Rapla_vallavalitsus, lk 33
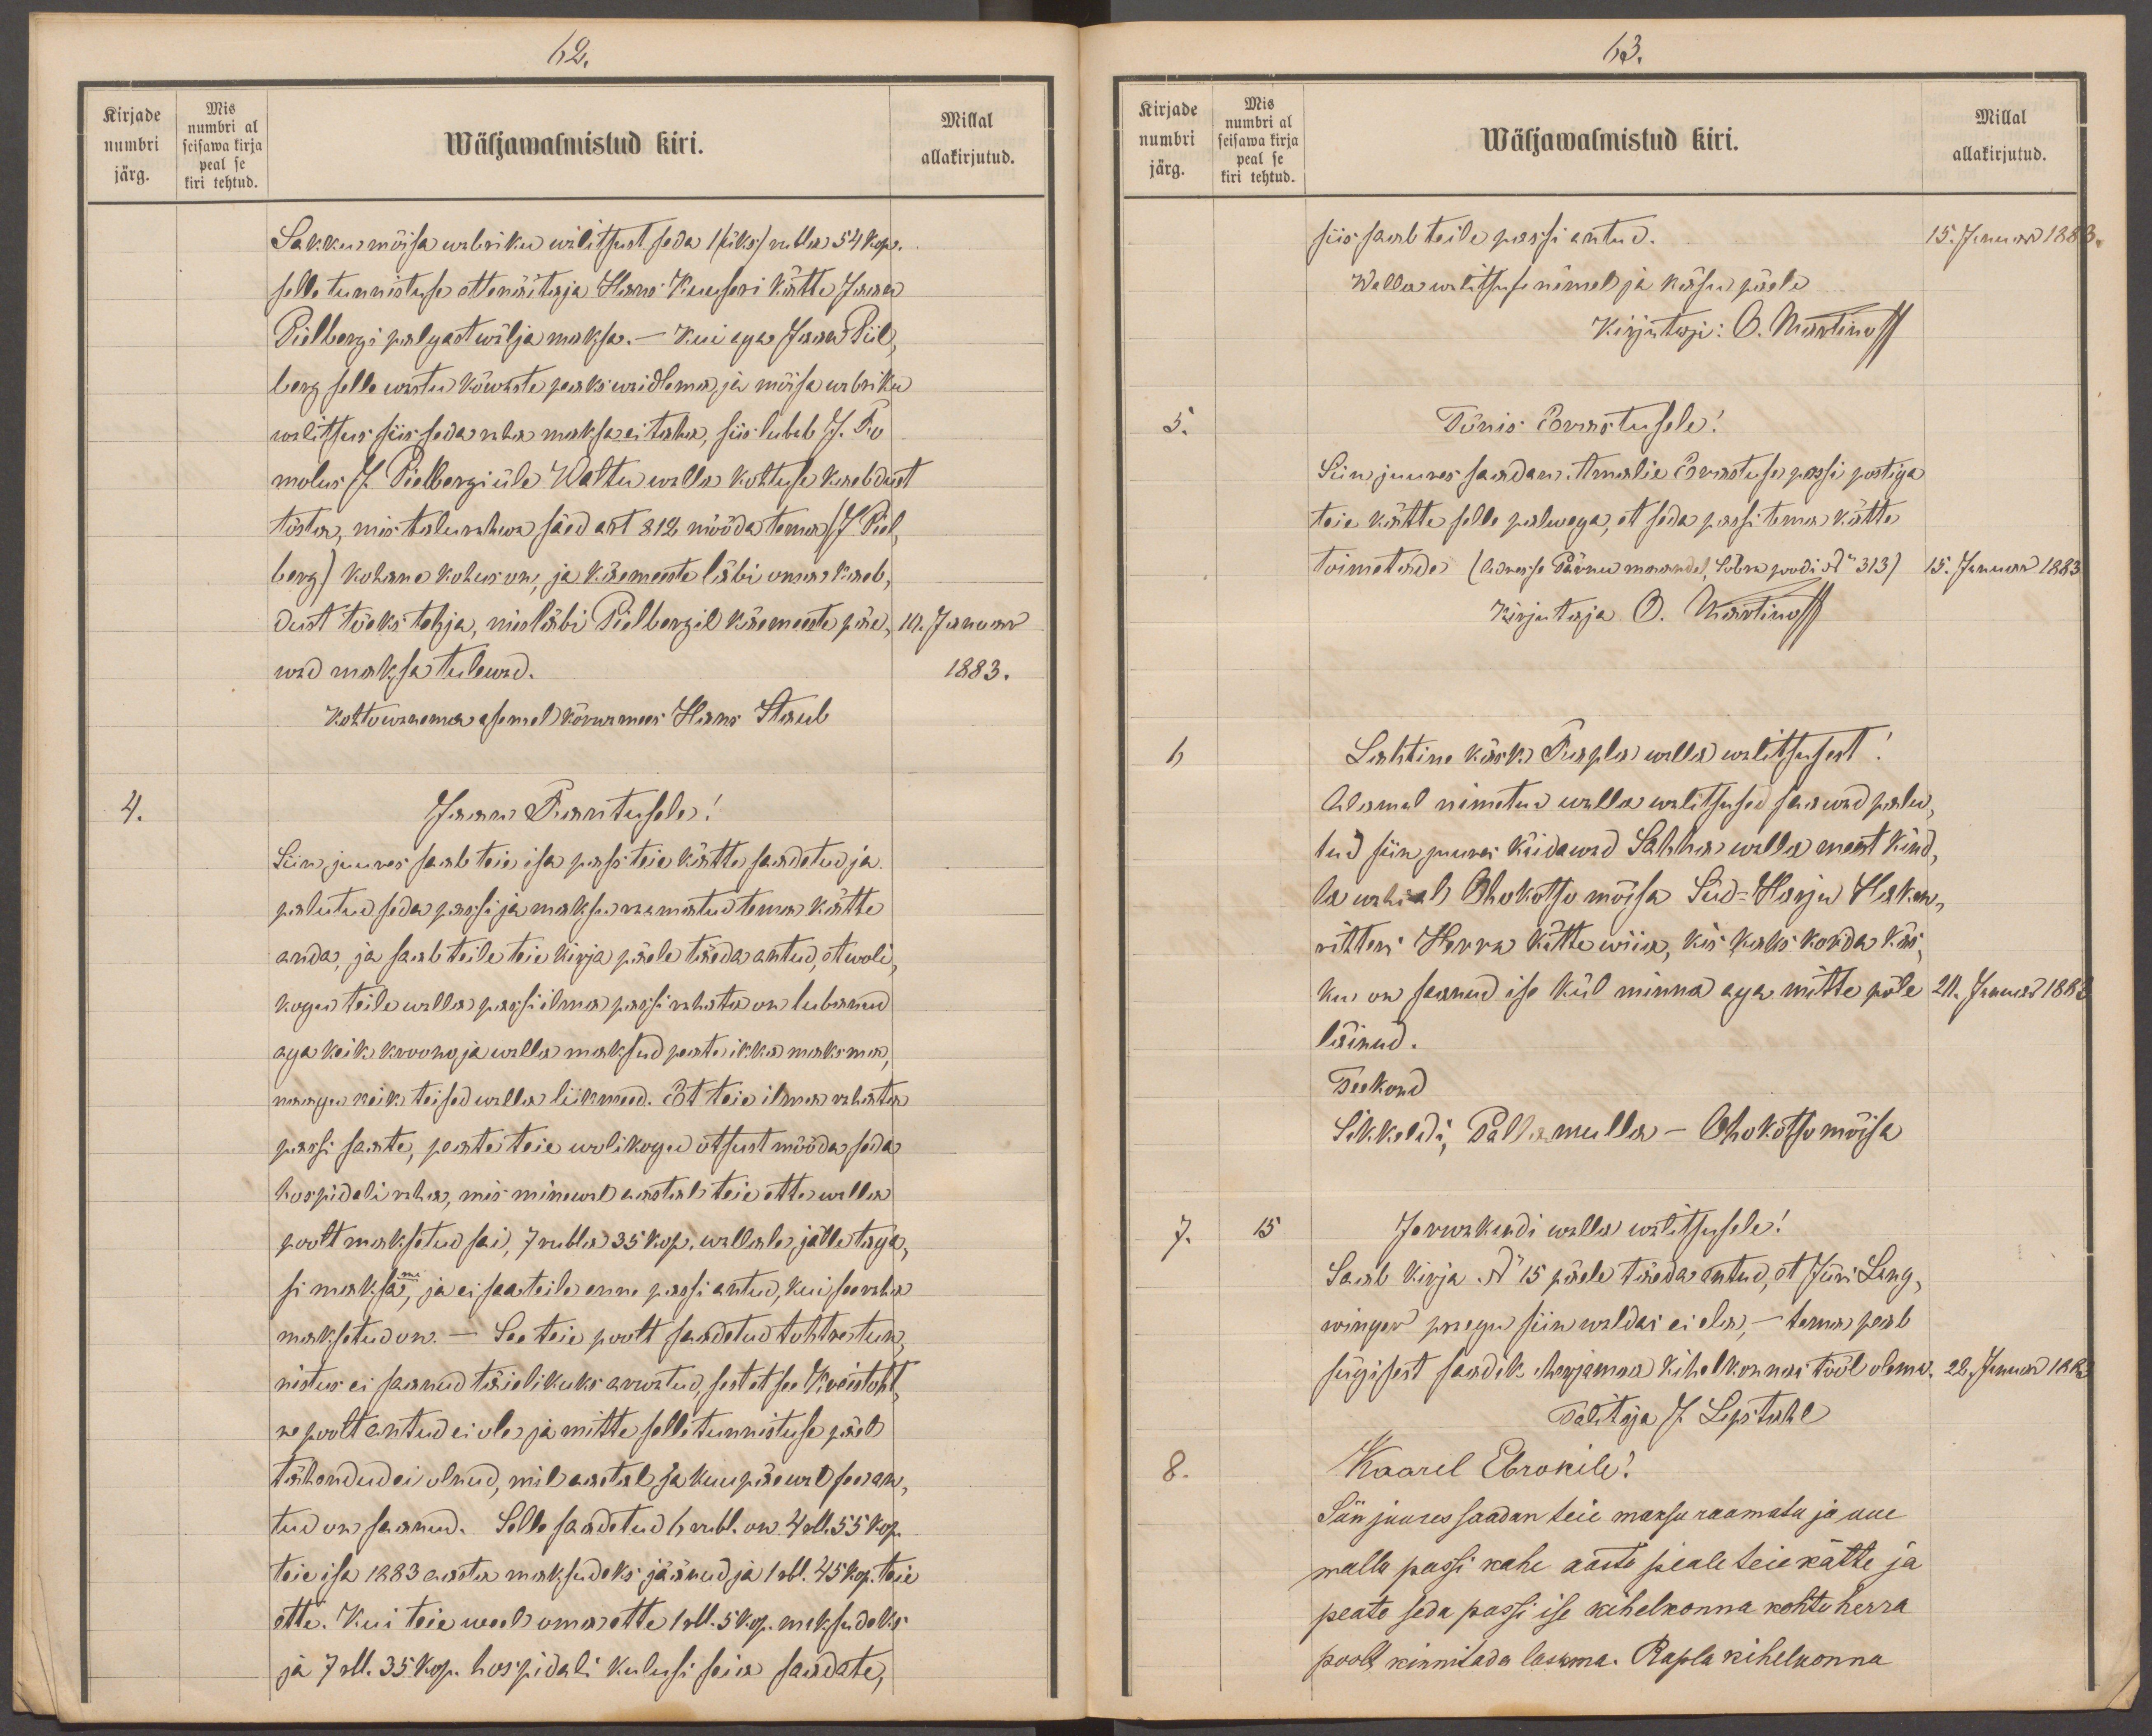
62.
Kirjade
Mis
numbri
numbri al
Millal
seisawa kirja
peal se
Wäljamalmistud kiri.
allakirjutud.
järg.
kiri tehtud.
Sakku mõisa wabriku walitsust seda 1 (üks) rubla 54 kop
selle tunnistuse ettenäitaja Hans Kuuseri kätte Jaan
Piilbergi palgast wälja maksa. Kui aga Jaan Piil,
berg selle wastu kõwaste peaks waidlema ja mõisa wabriku
walitsus siis seda raha maksa ei taha, siis lubab J. Ro
mulus J. Pielbergi üle Waltu walla kohtuse kaebdust
tõsta, mis talurahwa säed. art 812 mööda tema (J. Piel,
berg) kohane kohus on, ja käemeeste läbi oma kaeb,
dust tõeks tehja, misläbi Pielbergil käemeeste päe,
10. Januar
wad maksa tulewad.
1883.
Kohtowanema asemel kõrwamees Hans Staub
4.
Jaan Rantusele!
Siin juures saab teie isa pass teie kätte saadetud ja
palutud seda passi ja maksu raamatud tema kätte
anda, ja saab teile teie kirja päele teäda antud, et woli-
kogu teile walla passi ilma passi rahata on lubanud
aga keik kroono ja walla maksud peate ikka maksma,
nagu keik teised walla liikmed. Et teie ilma rahata
passi saate, peate teie wolikogu otsust mööda seda
hospidali raha, mis minewal aastal teie ette walla
poolt maksetud sai, 7 rubla 35 kop. wallale  jälle taga,
si maksa, ja ei saa teile enne passi antud, kui see raha
maksetud on. - See teie poolt saadetud tohtre tun,
nistus ei saanud täielikuks arwatud, sest et see Kreistoht
re poolt antud ei ole ja mitte selle tunnistuse päel
tähendud ei olnud, mil aastal ja kuupäewal see an-
tud on saanud. Selle saadetud 6 rubl. on 4 rbl. 55 kop.
teie isa 1883 aasta maksudeks jäänud ja 1 rbl. 45 kop. teie
ette. Kui teie weel oma ette 1 rbl. 5 kop maksudeks
ja 7 rbl. 35 kop. hospidali kulusi seia saadate,

63.
Kirjade
Mis
numbri al
Millal
numbri
seisawa kirja
peal sel
Wäljawalmistud kiri.
allakirjutud.
järg.
kiri tehtud
siis saab teile passi antud.
15. Januar 1883.
Wallawalitsuse nimel ja käsu päele
Kirjutaja: O. Martinoff
5.
Tõnis Erastusele!
Siin juures saadan. Amalie Erastuse passi postiga
teie kätte selle palwega, et seda passi tema kätte
toimetada (Aadress Pärnu maandel, Sõbra poodi No 313)
15. Januar 1883
Kirjutaja O. Martinoff
6
Lahtine käsk Rapla walla walitsusest!
Alamal nimetud walla walitsused saawad palu-
tud siin juures käidawad Sahha walla meest kind-
la wahi all Ohokotsu mõisa Süd-Harju Haken-
rihteri Herra kätte wiia, kes kaks korda käs-
ku on saanud ise kül minna aga mitte põle
20. Januar 1883
läinud.
Teekond
Sikkaldi Pallamulla - Ohokotsu mõisa
7.
15
Jervikandi walla walitsusele!
Saab Kirja No 15 päele täeda antud, et Jüri Lang-
winger praegu siin waldas ei ela, - tema peab
sügisest saadik Merjamaa kihelkonnas tööl olema
22. Januar 1883
Talitaja J. Lipstahl
8.
Kaarel Ebrokile!
Siin juures saadan teie maksu raamatu ja uue
walla passi kahe aasta peale teie kätte ja
peate seda passi ise kihelkonna kohtu herra
poolt kinnitada laskma. Rapla kihelkonna